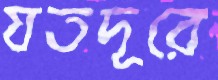
যতদূরে